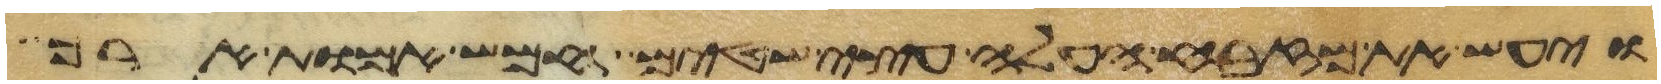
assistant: ויעש את מזבח העלה עצי שטים חמש אמות ארך